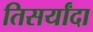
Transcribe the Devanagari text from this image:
तिसर्यांदा